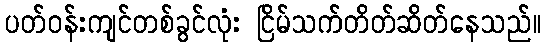
ပတ်ဝန်းကျင်တစ်ခွင်လုံး ငြိမ်သက်တိတ်ဆိတ်နေသည်။